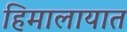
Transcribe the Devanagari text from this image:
हिमालायात